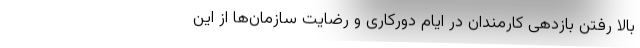
بالا رفتن بازدهی کارمندان در ایام دورکاری و رضایت سازمان‌ها از این